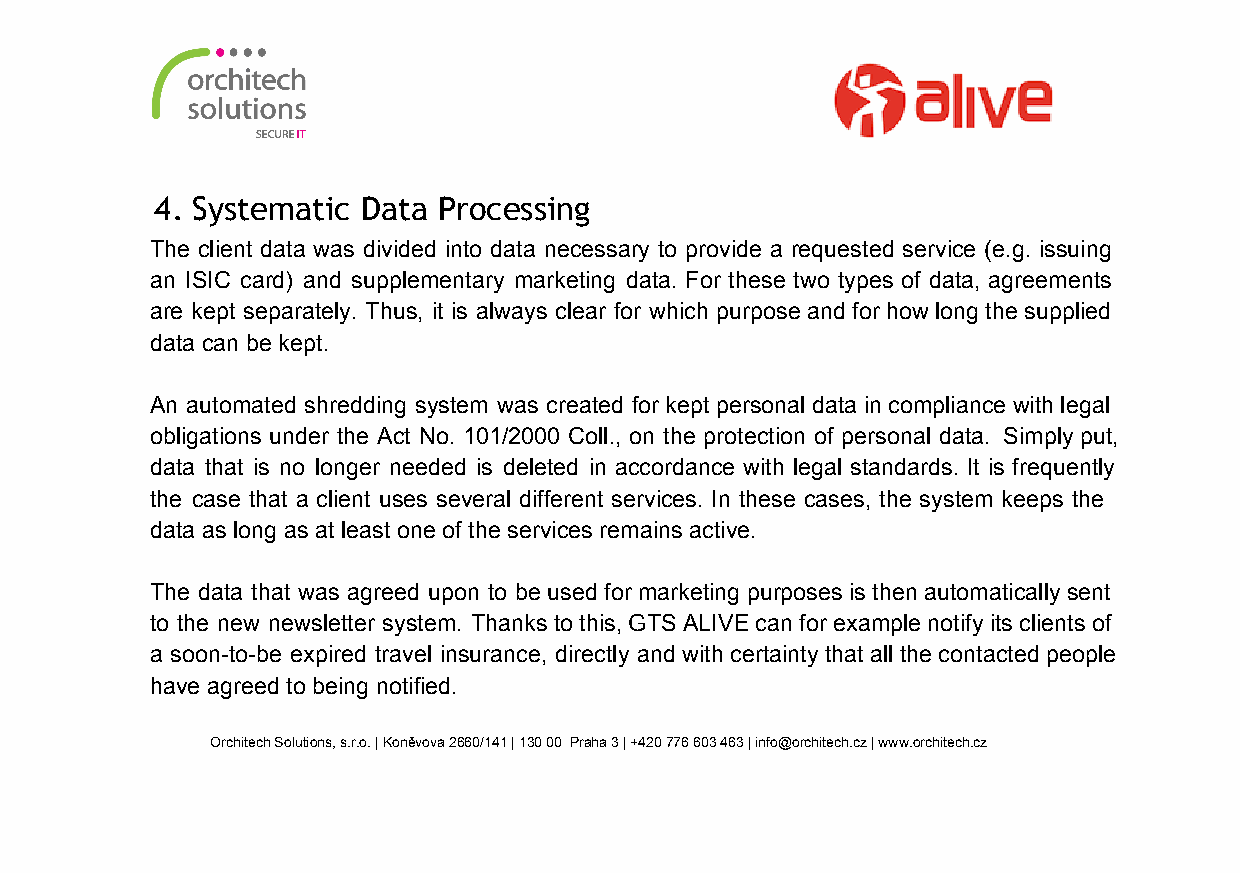
4. Systematic Data Processing
 The client data was divided into data necessary to provide a requested service (e.g. issuing
 an ISIC card) and supplementary marketing data. For these two types of data, agreements
 are kept separately. Thus, it is always clear for which purpose and for how long the supplied
 data can be kept.
 An automated shredding system was created for kept personal data in compliance with legal
 obligations under the Act No. 101/2000 Coll., on the protection of personal data. Simply put,
 data that is no longer needed is deleted in accordance with legal standards. It is frequently
 the case that a client uses several different services. In these cases, the system keeps the
 data as long as at least one of the services remains active.
 The data that was agreed upon to be used for marketing purposes is then automatically sent
 to the new newsletter system. Thanks to this, GTS ALIVE can for example notify its clients of
 a soon­to­be expired travel insurance, directly and with certainty that all the contacted people
 have agreed to being notified.
 Orchitech Solutions, s.r.o. | Koněvova 2660/141 | 130 00 Praha 3 | +420 776 603 463 | info@orchitech.cz | www.orchitech.cz